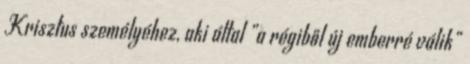
Krisztus személyéhez, aki által „a régiből új emberré válik”